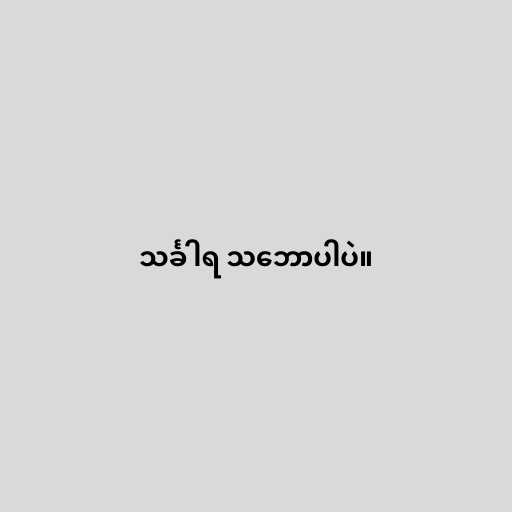
သင်္ခါရ သ‌ဘောပါပဲ။